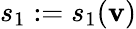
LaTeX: s_{1}:=s_{1}(\mathbf{v})